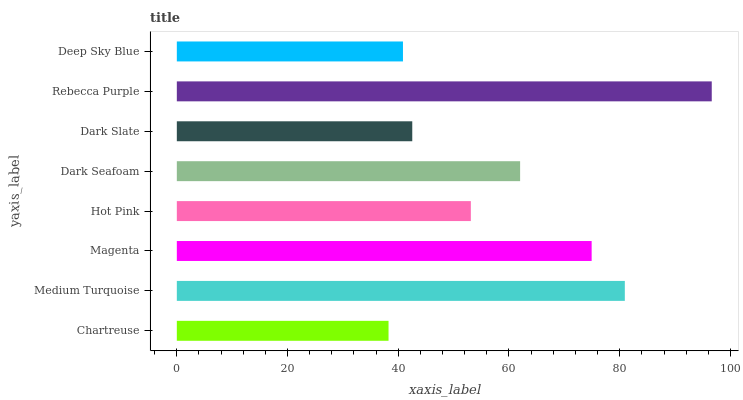
| yaxis_label | bars |
 | --- | --- |
 | Chartreuse | 38.2 |
 | Medium Turquoise | 80.9 |
 | Magenta | 74.9 |
 | Hot Pink | 53.1 |
 | Dark Seafoam | 62 |
 | Dark Slate | 42.5 |
 | Rebecca Purple | 96.6 |
 | Deep Sky Blue | 40.8 |